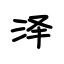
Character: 泽